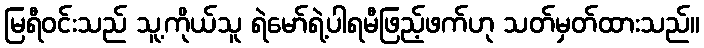
မြရီဝင်းသည် သူ့ကိုယ်သူ ရဲမော်ရဲ့ပါရမီဖြည့်ဖက်ဟု သတ်မှတ်ထားသည်။